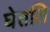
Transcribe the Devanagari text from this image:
घेतलि